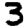
Digit: 3